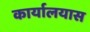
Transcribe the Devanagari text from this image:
कार्यालयास